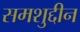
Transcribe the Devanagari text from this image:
समशुद्दीन